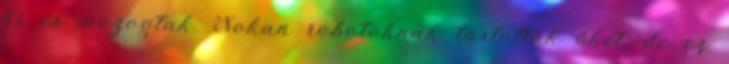
ki és mozogtak. Sokan robotoknak tartották őket, de ez